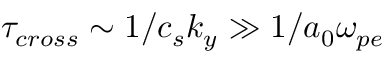
\tau _ { c r o s s } \sim 1 / c _ { s } k _ { y } \gg 1 / a _ { 0 } \omega _ { p e }